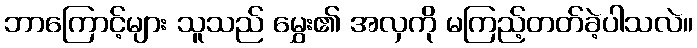
ဘာကြောင့်များ သူသည် မွှေး၏ အလှကို မကြည့်တတ်ခဲ့ပါသလဲ။